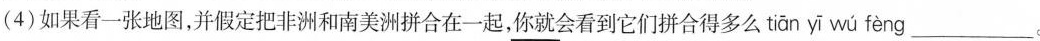
(4)如果看一张地图，并假定把非洲和南美洲拼合在一起，你就会看到它们拼合得多么 tiān yī wú fèng ___。